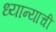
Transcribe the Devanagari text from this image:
ध्यान्याची